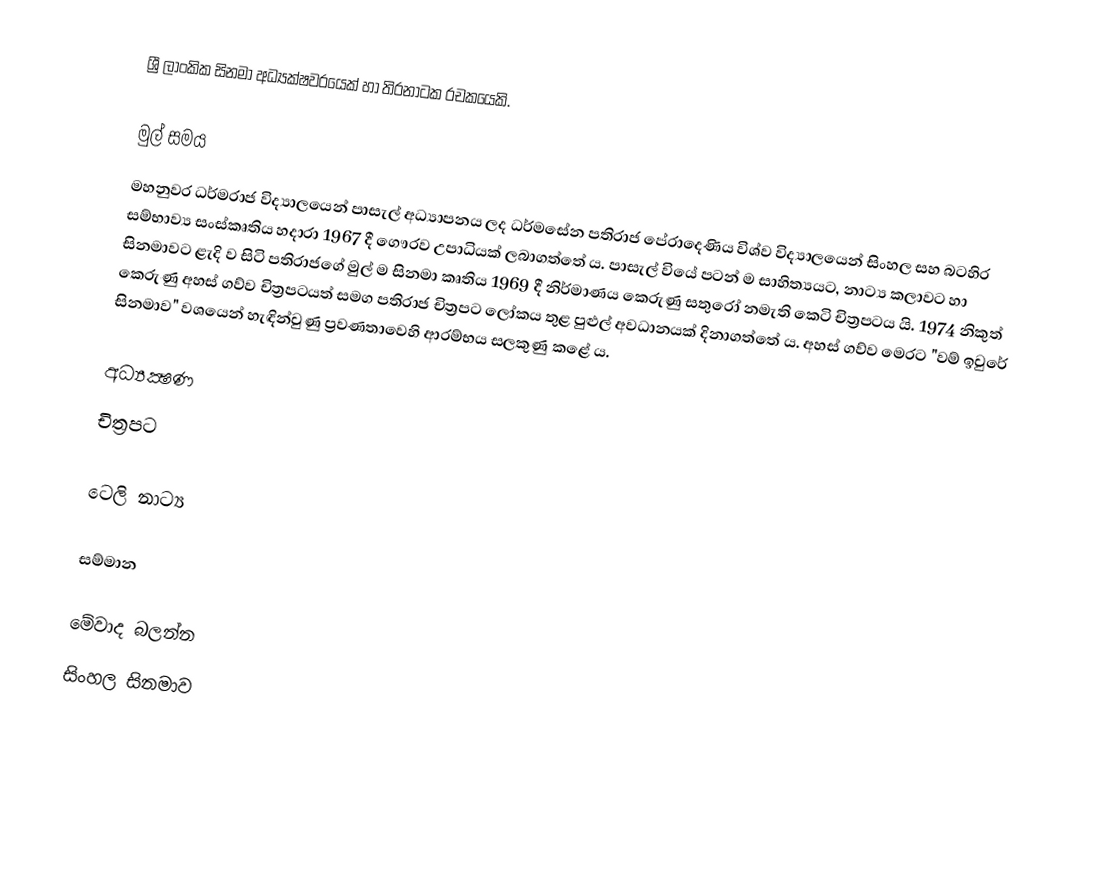
ශ්‍රී ලාංකික සිනමා අධ්‍යක්ෂවරයෙක් හා තිරනාටක රචකයෙකි.

මුල් සමය
මහනුවර ධර්මරාජ විද්‍යාලයෙන් පාසැල් අධ්‍යාපනය ලද ධර්මසේන පතිරාජ පේරාදෙණිය විශ්ව විද්‍යාලයෙන් සිංහල සහ බටහිර සම්භාව්‍ය සංස්කෘතිය හදාරා 1967 දී ගෞරව උපාධියක් ලබාගත්තේ ය. පාසැල් වියේ පටන් ම සාහිත්‍යයට, නාට්‍ය කලාවට හා සිනමාවට ළැදි ව සිටි පතිරාජගේ මුල් ම සිනමා කෘතිය 1969 දී නිර්මාණය කෙරුණු සතුරෝ නමැති කෙටි චිත්‍රපටය යි. 1974 නිකුත් කෙරුණු අහස් ගව්ව චිත්‍රපටයත් සමග පතිරාජ චිත්‍රපට ලෝකය තුළ පුළුල් අවධානයක් දිනාගත්තේ ය. අහස් ගව්ව මෙරට "වම් ඉවුරේ සිනමාව" වශයෙන් හැඳින්වුණු ප්‍රවණතාවෙහි ආරම්භය සලකුණු කළේ ය.

අධ්‍යක්‍ෂණ
චිත්‍රපට

ටෙලි නාට්‍ය

සම්මාන

මේවාද බලන්න
සිංහල සිනමාව